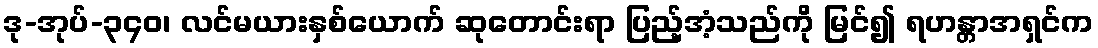
ဒု-အုပ်-၃၄၀၊ လင်မယားနှစ်ယောက် ဆုတောင်းရာ ပြည့်အံ့သည်ကို မြင်၍ ရဟန္တာအရှင်က